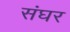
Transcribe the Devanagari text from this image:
संघर